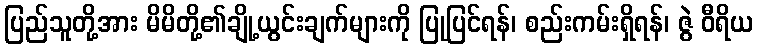
ပြည်သူတို့အား မိမိတို့၏ချို့ယွင်းချက်များကို ပြုပြင်ရန်၊ စည်းကမ်းရှိရန်၊ ဇွဲ ဝီရိယ